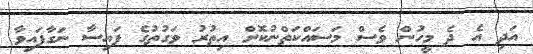
އަދި އެ ދެ މީހުން ވެސް މަސައްކަތްނުކޮށް އިތުރު ވަގުތުގެ ފައިސާ ނަގާފައިވާ